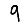
Digit: 9